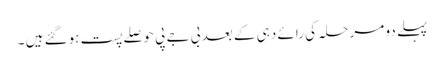
پہلے دو مرحلہ کی رائے دہی کے بعد بی جے پی حوصلے پست ہوگئے ہیں ۔